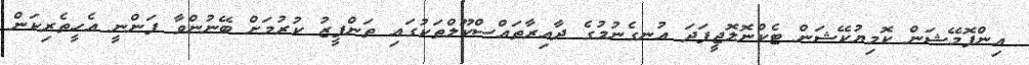
އިންފޮމޭޝަން ކޮމިޔުކޭޝަން ޓެކްނޮލޮޖީފަދަ އުނގެނުމުގެ ދާއިރާތައްސްކޫލްތަކުގައި ތަންފީޒު ކުރުމަށް ބޭނުންވާ ފަންނީ އެހީތެރިކަން